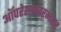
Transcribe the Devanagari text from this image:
ऑपरेशनदरम्यान